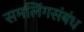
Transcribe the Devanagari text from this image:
समलिंगसंबंध